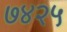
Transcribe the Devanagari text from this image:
७४२५